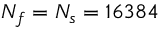
N _ { f } = N _ { s } = 1 6 3 8 4